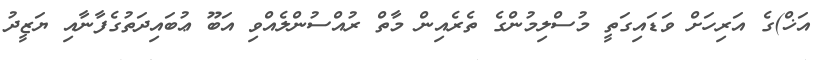
އަޚް)ގެ އަރިހަށް ވަޑައިގަތީ މުސްލިމުންގެ ތެރެއިިން މާތް ރުއްސުންލެއްވި އަބޫ ޢުބައިދަތުގެފާނާއި ޔަޒީދު